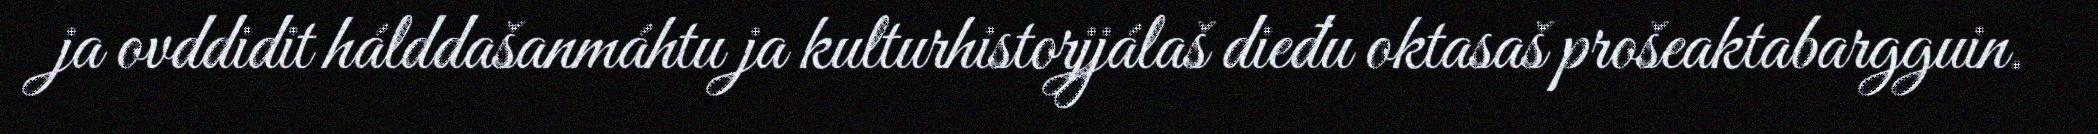
ja ovddidit hálddašanmáhtu ja kulturhistorjjálaš dieđu oktasaš prošeaktabargguin.